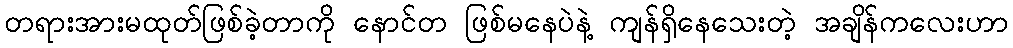
တရားအားမထုတ်ဖြစ်ခဲ့တာကို နောင်တ ဖြစ်မနေပဲနဲ့ ကျန်ရှိနေသေးတဲ့ အချိန်ကလေးဟာ